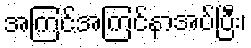
အကြင်အကြင်နာအပ်ပြီး၊